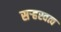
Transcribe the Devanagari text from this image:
सऱ्हस्वत्व